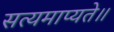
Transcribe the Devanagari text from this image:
सत्यमाप्यते॥